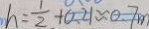
h = \frac { 1 } { 2 } + 0 . 2 1 \approx 0 . 7 m